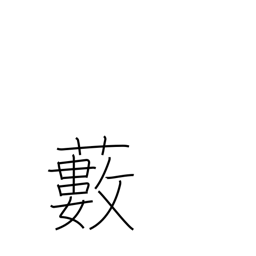
Meaning: grove